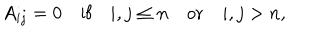
A _ { i j } = 0 \quad \textrm { i f } \quad i , j \le n \quad \textrm { o r } \quad i , j > n ,